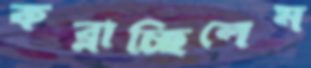
কব্‌লাচ্ছিলেম